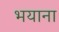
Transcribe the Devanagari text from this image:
भयाना